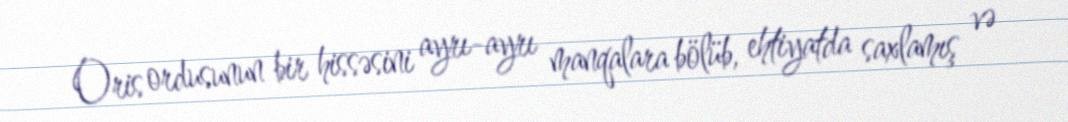
Oris ordusunun bir hissəsini ayrı-ayrı manqalara bölüb, ehtiyatda saxlamış və